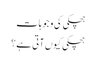
ہچکی کی وجوہات
ہچکی کیوں آتی ہے؟